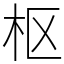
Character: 枢